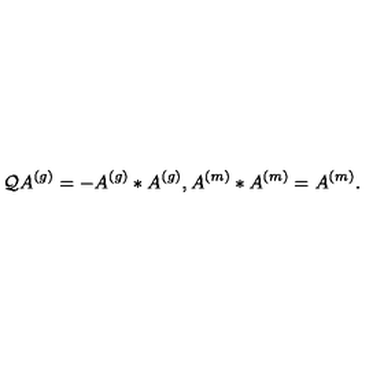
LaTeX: \mathcal { Q } A ^ { \left( g \right) } = - A ^ { \left( g \right) } \ast A ^ { \left( g \right) } , A ^ { \left( m \right) } \ast A ^ { \left( m \right) } = A ^ { \left( m \right) } .